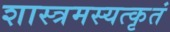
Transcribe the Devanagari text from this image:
शास्त्रमस्यत्कृतं